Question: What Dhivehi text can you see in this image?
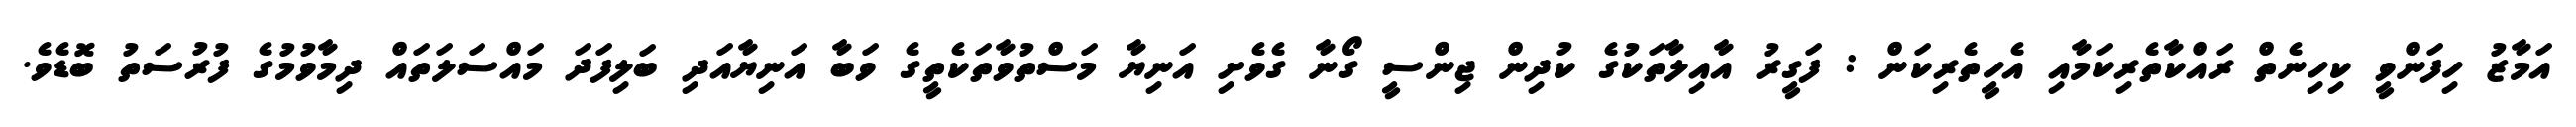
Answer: އަމާޒު ހިފަންވީ ކިހިނެތް ރައްކާތެރިކަމާއި އެހީތެރިކަން : ފަގީރު އާއިލާތަކުގެ ކުދިން ޖިންސީ ގޯނާ ގެވެށި އަނިޔާ މަސްތުވާތަކެތީގެ ވަބާ އަނިޔާއަދި ބަލިފަދަ މައްސަލަތައް ދިމާވުމުގެ ފުރުސަތު ބޮޑެވެ.